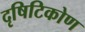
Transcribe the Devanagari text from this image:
दृषिटिकोण